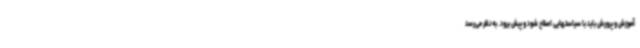
آموزش و پرورش باید با سیاستهایی اصلاح شود و پیش برود. به نظر می‌رسد